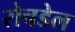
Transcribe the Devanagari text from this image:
रोचडेल